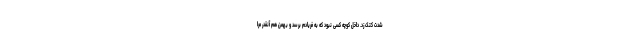
شدت کتک زد. داخل کوچه کسی نبود که به فریادم برسد و بهمن هم آنقدر مرا